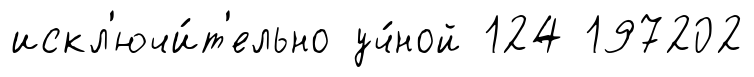
искл'ючи́т'ельно уч́ной 124 197202